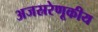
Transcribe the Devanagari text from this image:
अजस्ररेणूकीय